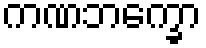
ကဏဘက္ခော